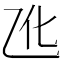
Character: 𪜐